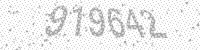
Solution: 919642